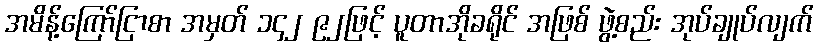
အမိန့်ကြော်ငြာစာ အမှတ် ၁၄၂ ၉၂ဖြင့် ပူတာအိုခရိုင် အဖြစ် ဖွဲ့စည်း အုပ်ချုပ်လျက်